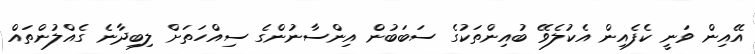
އޭއިން ވަނީ ކެފެއިން އެކުލެވޭ ބުއިންތަކުގެ ސަބަބުން އިންސާނުންގެ ސިއްހަތަށް ލިބިދާނެ ގެއްލުންތައް